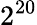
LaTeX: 2^{20}